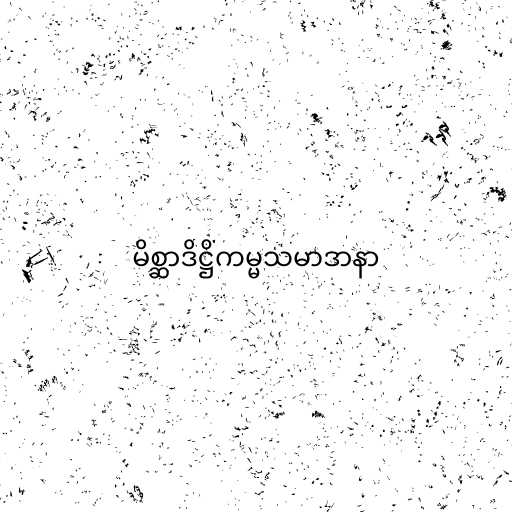
မိစ္ဆာဒိဋ္ဌိကမ္မသမာဒာနာ